Report of an investigation into the causes of malaria in Bombay and the measures necessary for its control
Disease focus: Malaria
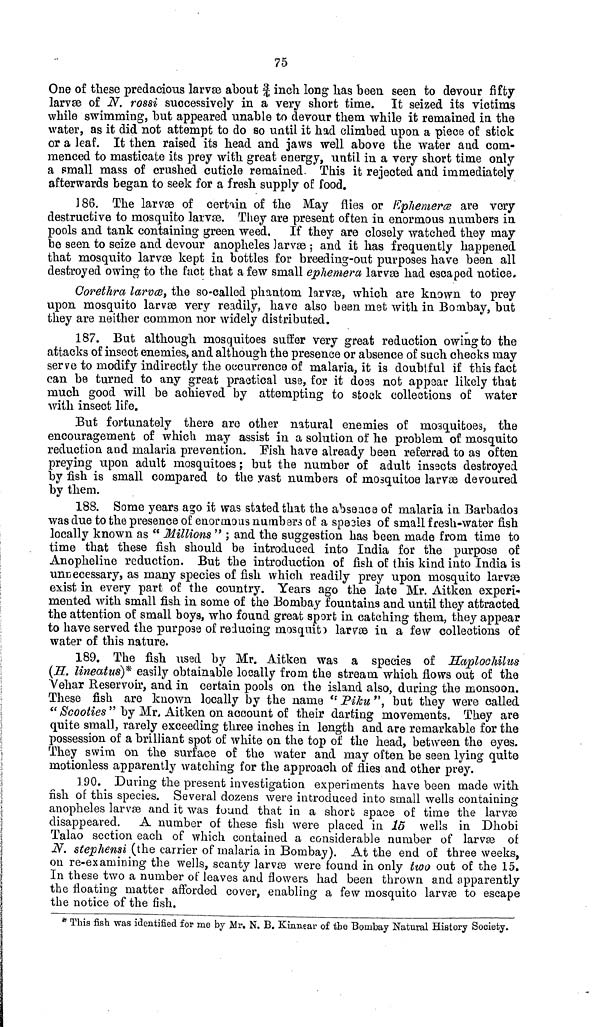
75
One of these predacious larvæ about 3/4 inch long has been seen to devour fifty
larvæ of N. rossi successively in a very short time. It seized its victims
while swimming, but appeared unable to devour them while it remained in the
water, as it did not attempt to do so until it had climbed upon a piece of stick
or a leaf. It then raised its head and jaws well above the water and com-
menced to masticate its prey with great energy, until in a very short time only
a small mass of crushed cuticle remained. This it rejected and immediately
afterwards began to seek for a fresh supply of food.
186. The larvæ of certain of the May flies or Ephemeræ are very
destructive to mosquito larvæ. They are present often in enormous numbers in
pools and tank containing green weed. If they are closely watched they may
be seen to seize and devour anopheles larvæ ; and it has frequently happened
that mosquito larvæ kept in bottles for breeding-out purposes have been all
destroyed owing to the fact that a few small ephemera larvæ had escaped notice.
Corethra larvœ, the so-called phantom larvæ, which are known to prey
upon mosquito larvæ very readily, have also been met with in Bombay, but
they are neither common nor widely distributed.
187. But although mosquitoes suffer very great reduction owing to the
attacks of insect enemies, and although the presence or absence of such checks may
serve to modify indirectly the occurrence of malaria, it is doubtful if this fact
can be turned to any great practical use, for it does not appear likely that
much good will be achieved by attempting to stock collections of water
with insect life.
But fortunately there are other natural enemies of mosquitoes, the
encouragement of which may assist in a solution of he problem of mosquito
reduction and malaria prevention. Fish have already been referred to as often
preying upon adult mosquitoes ; but the number of adult insscts destroyed
by fish is small compared to the vast numbers of mosquitoe larvæ devoured
by them.
188. Some years ago it was stated that the absence of malaria in Barbados
was due to the presence of enormous numbers of a spesies of small fresh-water fish
locally known as "Millions" ; and the suggestion has been made from time to
time that these fish should be introduced into India for the purpose of
Anopheline reduction. But the introduction of fish of this kind into India is
unnecessary, as many species of fish which readily prey upon mosquito larvæ
exist in every part of the country. Years ago the late Mr. Aitken experi-
mented with small fish in some of the Bombay fountains and until they attracted
the attention of small boys, who found great sport in catching them, they appear
to have served the purpose of reducing mosquito larvæ in a few collections of
water of this nature.
189. The fish used by Mr. Aitken was a species of Haplochilus
(H. lineatus)* easily obtainable locally from the stream which flows out of the
Vehar Reservoir, and in certain pools on the island also, during the monsoon.
These fish are known locally by the name "Piku", but they were called
"Scooties " by Mr. Aitken on account of their darting movements. They are
quite small, rarely exceeding three inches in length and are remarkable for the
possession of a brilliant spot of white on the top of the head, between the eyes.
They swim on the surface of the water and may often be seen lying quite
motionless apparently watching for the approach of flies and other prey.
190. During the present investigation experiments have been made with
fish of this species. Several dozens were introduced into small wells containing
anopheles larvas and it was found that in a short space of time the larvæ
disappeared. A number of these fish were placed in 15 wells in Dhobi
Talao section each of which contained a considerable number of larvæ of
N. stephensi (the carrier of malaria in Bombay). At the end of three weeks,
on re-examining the wells, scanty larvœ were found in only two out of the 15.
In these two a number of leaves and flowers had been thrown and apparently
the floating matter afforded cover, enabling a few mosquito larvæ to escape
the notice of the fish.
* This fish was identified for me by Mr. N. B. Kinnear of the Bombay Natural History Society.